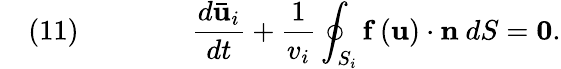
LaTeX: \quad(11)\qquad\qquad{\frac{d{\mathbf{\bar{u}}}_{i}}{dt}}+{\frac{1}{v_{i}}}\oint_{S_{i}}{\mathbf{f}}\left({\mathbf{u}}\right)\cdot{\mathbf{n}}\ dS={\mathbf{0}}.